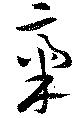
稟